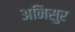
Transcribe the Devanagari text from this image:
अनिसुर